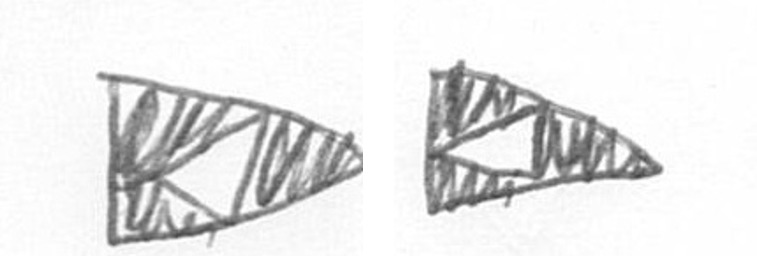
K K